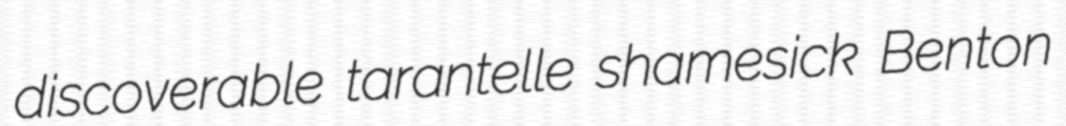
discoverable tarantelle shamesick Benton